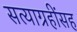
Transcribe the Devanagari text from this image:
सत्याग्रहींसह